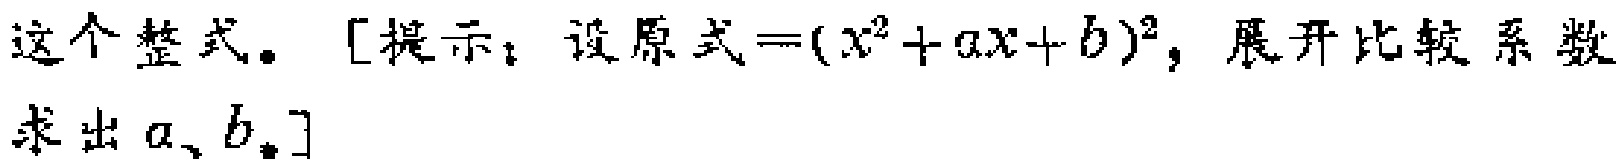
这个整式。[提示：设原式\(=(x^{2}+ax + b)^{2}\)，展开比较系数求出\(a、b\)。]